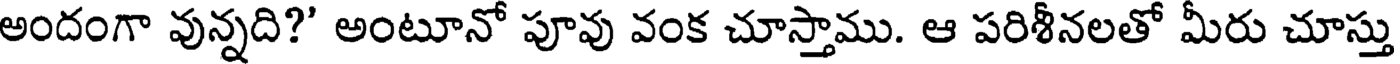
అందంగా వున్నది?' అంటూనో పూవు వంక చూస్తాము. ఆ పరిశీనలతో మీరు చూస్తు